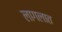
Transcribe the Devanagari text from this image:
लागलात